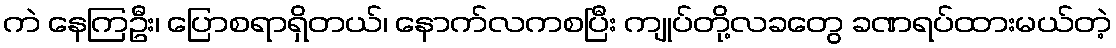
ကဲ နေကြဦး၊ ပြောစရာရှိတယ်၊ နောက်လကစပြီး ကျုပ်တို့လခတွေ ခဏရပ်ထားမယ်တဲ့